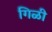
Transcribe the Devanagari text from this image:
गिळी